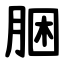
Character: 㬷